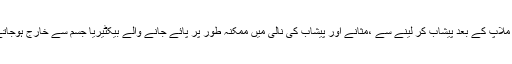
جنسی ملاپ کے بعد پیشاب کر لینے سے ،مثانے اور پیشاب کی نالی میں ممکنہ طور پر پائے جانے والے بیکٹیریا جسم سے خارج ہوجاتے ہیں۔